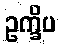
ဥက္ခိပ